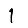
Digit: 1